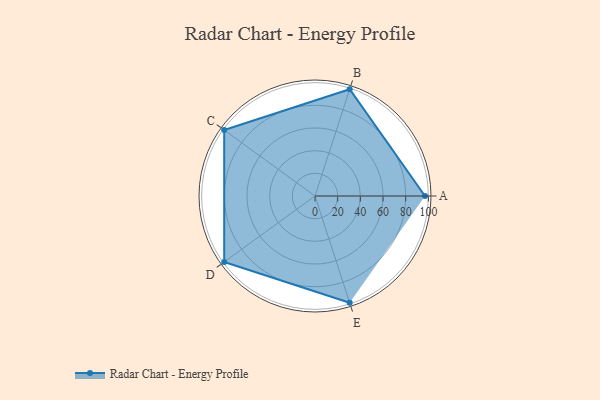
{"axis": {"x": "Skill", "y": "Score"}, "legend": ["Profile"], "data": [{"x": "A", "y": 97.0, "type": "Profile"}, {"x": "B", "y": 99.0, "type": "Profile"}, {"x": "C", "y": 99, "type": "Profile"}, {"x": "D", "y": 99, "type": "Profile"}, {"x": "E", "y": 99, "type": "Profile"}]}